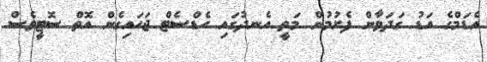
އެޑަމްގެ އަޑު ގަދަވާން ފެށުމުން މަތީ އެނދުގައި ހެޑްސެޓް ޖަހައިގެން އޮތް ސޮޓީވެސް